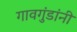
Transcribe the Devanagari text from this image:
गावगुंडांनी